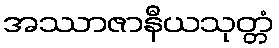
အဿာဇာနီယသုတ္တံ